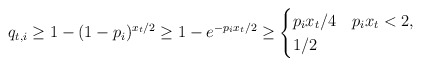
\begin{align*}q_{t,i} \geq 1-(1-p_i)^{x_t / 2} \geq 1-e^{-p_i x_t / 2} \geq \begin{cases} p_i x_t / 4 & p_ix_t<2, \\ 1/2 & \end{cases}\end{align*}